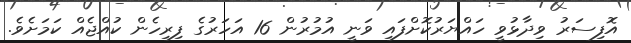
އޮފިސަރު ވިދާޅުވީ ހައްޔަރުކޮށްފައި ވަނީ އުމުރުން 16 އަހަރުގެ ފިރިހެން ކުއްޖެއް ކަމަށެވެ.